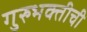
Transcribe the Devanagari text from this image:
गुरुभक्तीची